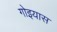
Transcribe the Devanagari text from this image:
गोइयास